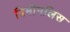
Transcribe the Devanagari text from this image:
विमीनलिस